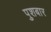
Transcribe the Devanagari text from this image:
पुशबार